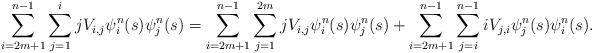
LaTeX: \begin{align*}\sum_{i=2m+1}^{n-1}\sum_{j=1}^{i}jV_{i,j}\psi^{n}_i(s)\psi^{n}_j(s)&=\sum_{i=2m+1}^{n-1}\sum_{j=1}^{2m}jV_{i,j}\psi^{n}_i(s)\psi^{n}_j(s) + \sum_{i=2m+1}^{n-1}\sum_{j=i}^{n-1}iV_{j,i}\psi^{n}_j(s)\psi^{n}_i(s).\end{align*}